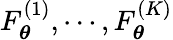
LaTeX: F_{\boldsymbol{\theta}}^{(1)},\cdots,F_{\boldsymbol{\theta}}^{(K)}